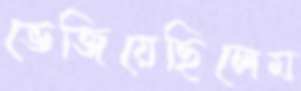
ভেজিয়েছিলেম